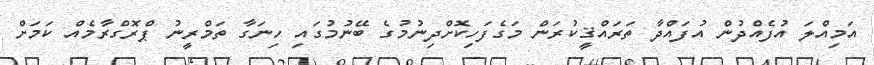
އަމިއްލަ އުފެއްދުން އުފައްދާ ތަރައްޤީކުރަން މަގެފަހިކޮށްދިނުމުގެ ބޭނުމުގައި ހިނަގާ ތަމްރީނު ޕްރޮގްރާމެއް ކަމަށް